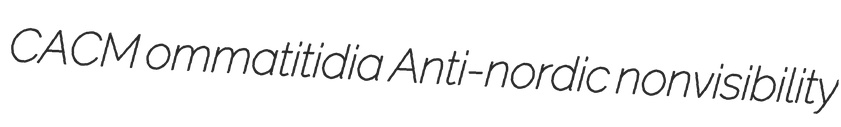
CACM ommatitidia Anti-nordic nonvisibility